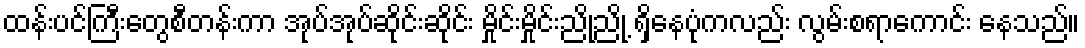
ထန်းပင်ကြီးတွေစီတန်းကာ အုပ်အုပ်ဆိုင်းဆိုင်း မှိုင်းမှိုင်းညို့ညို့ ရှိနေပုံကလည်း လွမ်းစရာကောင်း နေသည်။